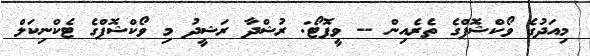
މިއަދުގެ ވޯކްޝޮޕްގެ ތެރެއިން -- ވީފޮޓޯ: ރުޝްދާ ރަޝީދު މި ވޯކްޝޮޕްގެ ޓެކްނިކަލް